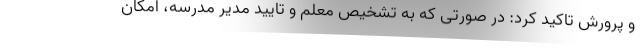
و پرورش تاکید کرد: در صورتی که به تشخیص معلم و تایید مدیر مدرسه، امکان